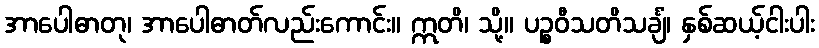
အာပေါဓာတု၊ အာပေါဓာတ်လည်းကောင်း။ ဣတိ၊ သို့။ ပဉ္စဝီသတိသင်္ချံ၊ နှစ်ဆယ့်ငါးပါး